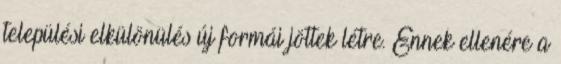
települési elkülönülés új formái jöttek létre. Ennek ellenére a